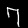
Digit: 7